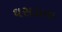
ઘસડાતા